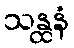
သန္ထနံ